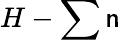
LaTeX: H-\sum\mathsf{n}